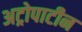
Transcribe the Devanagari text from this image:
अट्रोपाटीन